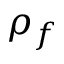
\rho _ { f }